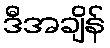
ဒီအချိန်